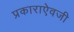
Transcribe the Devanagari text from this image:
प्रकाराऐवजी